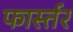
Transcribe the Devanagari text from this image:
फार्स्तर